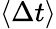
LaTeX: \langle\Delta t\rangle